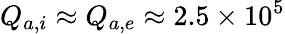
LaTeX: Q_{a,i}\approx Q_{a,e}\approx 2.5\times 10^{5}